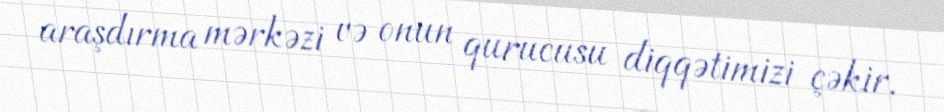
araşdırma mərkəzi və onun qurucusu diqqətimizi çəkir.